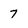
Character: 7